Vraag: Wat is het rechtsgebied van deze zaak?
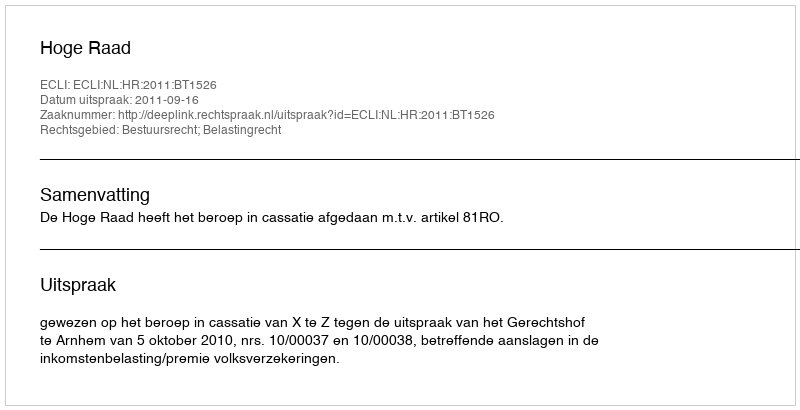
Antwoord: Bestuursrecht; Belastingrecht